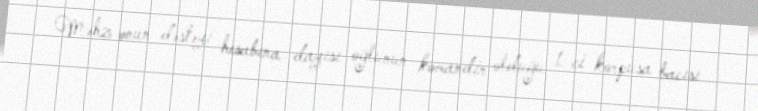
Məhz onun dəstəyi hesabına dayısı oğlunun komandir olduğu 1-ci korpusa bacısı